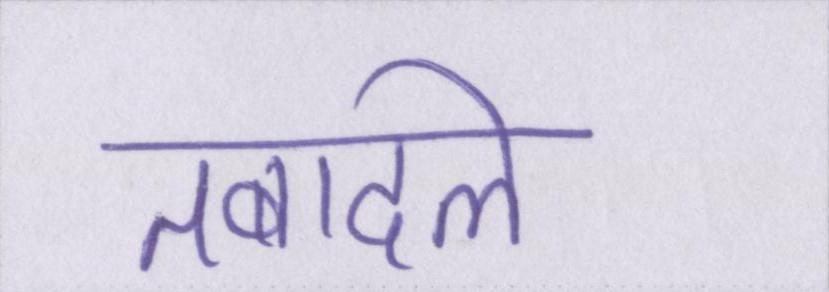
तबादले